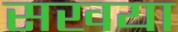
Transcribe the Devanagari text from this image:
सखया